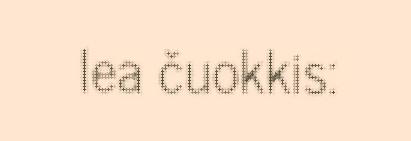
lea čuokkis: